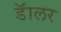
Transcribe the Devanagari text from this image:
डॅालर